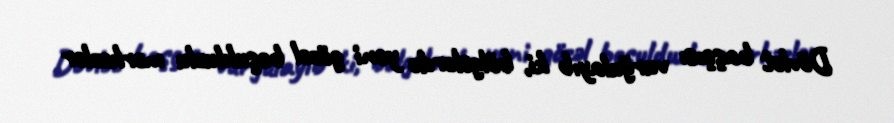
Dövlət başçısı vurğulayıb ki, bölgələrdə yeni gözəl beşulduzlu mərkəzlər